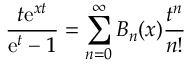
{ \frac { t \mathrm { e } ^ { x t } } { \mathrm { e } ^ { t } - 1 } } = \sum _ { n = 0 } ^ { \infty } B _ { n } ( x ) { \frac { t ^ { n } } { n ! } }